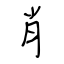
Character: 肖